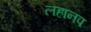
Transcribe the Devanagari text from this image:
लहानप